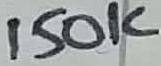
Text: 150K